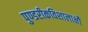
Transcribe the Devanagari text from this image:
पुण्डरीकविशालाक्षौ